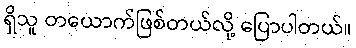
ရှိသူ တယောက်ဖြစ်တယ်လို့ ပြောပါတယ်။